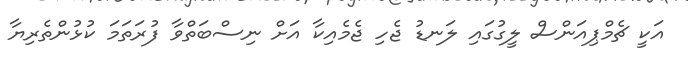
އަކީ ޗެމްޕިއަންސް ލީގުގައި ލަނޑު ޖެހި ޖެމެއިކާ އަށް ނިސްބަތްވާ ފުރަތަމަ ކުޅުންތެރިޔާ